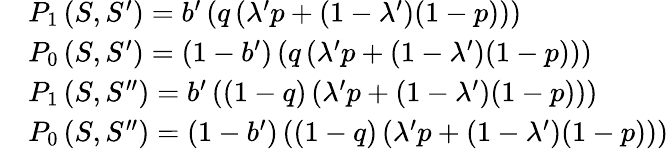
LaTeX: \begin{array}{rl}&{P_{1}\left(S,S^{\prime}\right)=b^{\prime}\left(q\left(\lambda^{\prime}p+(1-\lambda^{\prime})(1-p)\right)\right)}\\ &{P_{0}\left(S,S^{\prime}\right)=(1-b^{\prime})\left(q\left(\lambda^{\prime}p+(1-\lambda^{\prime})(1-p)\right)\right)}\\ &{P_{1}\left(S,S^{\prime\prime}\right)=b^{\prime}\left((1-q)\left(\lambda^{\prime}p+(1-\lambda^{\prime})(1-p)\right)\right)}\\ &{P_{0}\left(S,S^{\prime\prime}\right)=(1-b^{\prime})\left((1-q)\left(\lambda^{\prime}p+(1-\lambda^{\prime})(1-p)\right)\right)}\end{array}